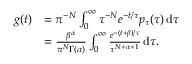
\begin{array} { r l } { g ( t ) } & { = \pi ^ { - N } \int _ { 0 } ^ { \infty } \tau ^ { - N } e ^ { - t / \tau } p _ { \tau } ( \tau ) \, \mathrm { d } \tau } \\ & { = \frac { \beta ^ { \alpha } } { \pi ^ { N } \Gamma ( \alpha ) } \int _ { 0 } ^ { \infty } \frac { e ^ { - ( t + \beta ) / \tau } } { \tau ^ { N + \alpha + 1 } } \, \mathrm { d } \tau . } \end{array}